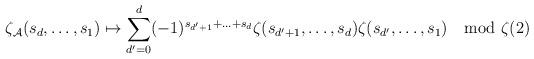
LaTeX: \begin{align*} \zeta_{\mathcal{A}}(s_{d},\ldots,s_{1}) \mapsto \sum_{d'=0}^{d}(-1)^{s_{d'+1}+\ldots+s_{d}}\zeta(s_{d'+1},\ldots,s_{d})\zeta(s_{d'},\ldots,s_{1}) \mod \zeta(2)\end{align*}